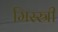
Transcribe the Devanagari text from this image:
मिस्स्री